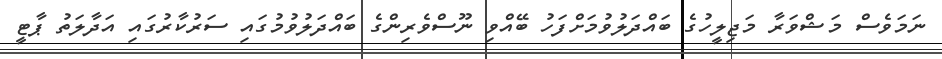
ނަމަވެސް މަޝްވަރާ މަޖިލީހުގެ ބައްދަލުވުމަށްފަހު ބޭއްވި ނޫސްވެރިންގެ ބައްދަލުވުމުގައި ސަރުކާރުގައި އަދާލަތު ޕާޓީ